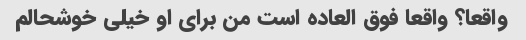
واقعا؟ واقعا فوق العاده است من برای او خیلی خوشحالم